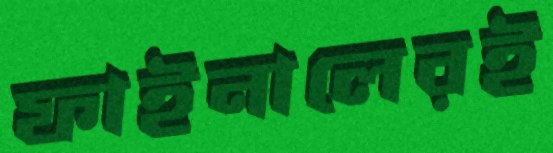
ফাইনালেরই